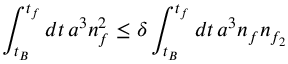
\int _ { t _ { B } } ^ { t _ { f } } d t \, a ^ { 3 } n _ { f } ^ { 2 } \leq \delta \int _ { t _ { B } } ^ { t _ { f } } d t \, a ^ { 3 } n _ { f } n _ { f _ { 2 } }